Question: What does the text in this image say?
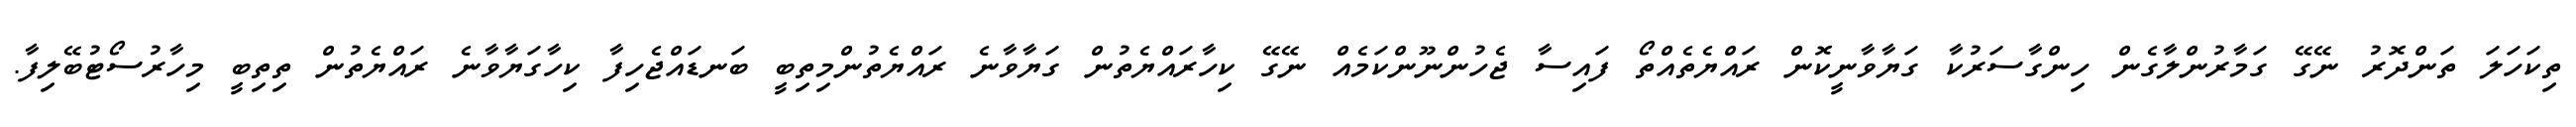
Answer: ތިކަހަލަ ތަންދޮރު ނޭގޭ ގަމާރުންލާގެން ހިންގާސަރުކާ ގަޔާވާނީކޮން ރައްޔެތެއްތޯ ފައިސާ ޖެހުންނޫންކަމެއް ނޭގޭ ކިހާރައްޔެތުން ގަޔާވާނެ ރައްޔެތުންމިތިބީ ބަނޑައްޖެހިފާ ކިހާގަޔާވާނެ ރައްޔެތުން ތިތިބީ މިހާރުސޯޓުބޭލިފާ.